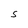
Character: S